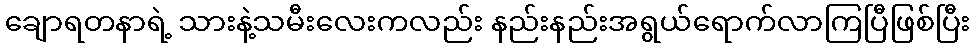
ချောရတနာရဲ့ သားနဲ့သမီးလေးကလည်း နည်းနည်းအရွယ်ရောက်လာကြပြီဖြစ်ပြီး